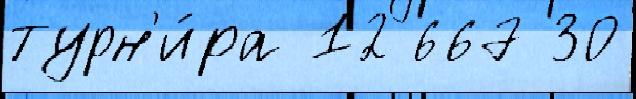
турн'и́ра 12 667 30